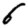
Digit: 6